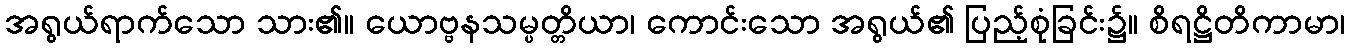
အရွယ်ရာက်သော သား၏။ ယောဗ္ဗနသမ္ပတ္တိယာ၊ ကောင်းသော အရွယ်၏ ပြည့်စုံခြင်း၌။ စိရဋ္ဌိတိကာမာ၊